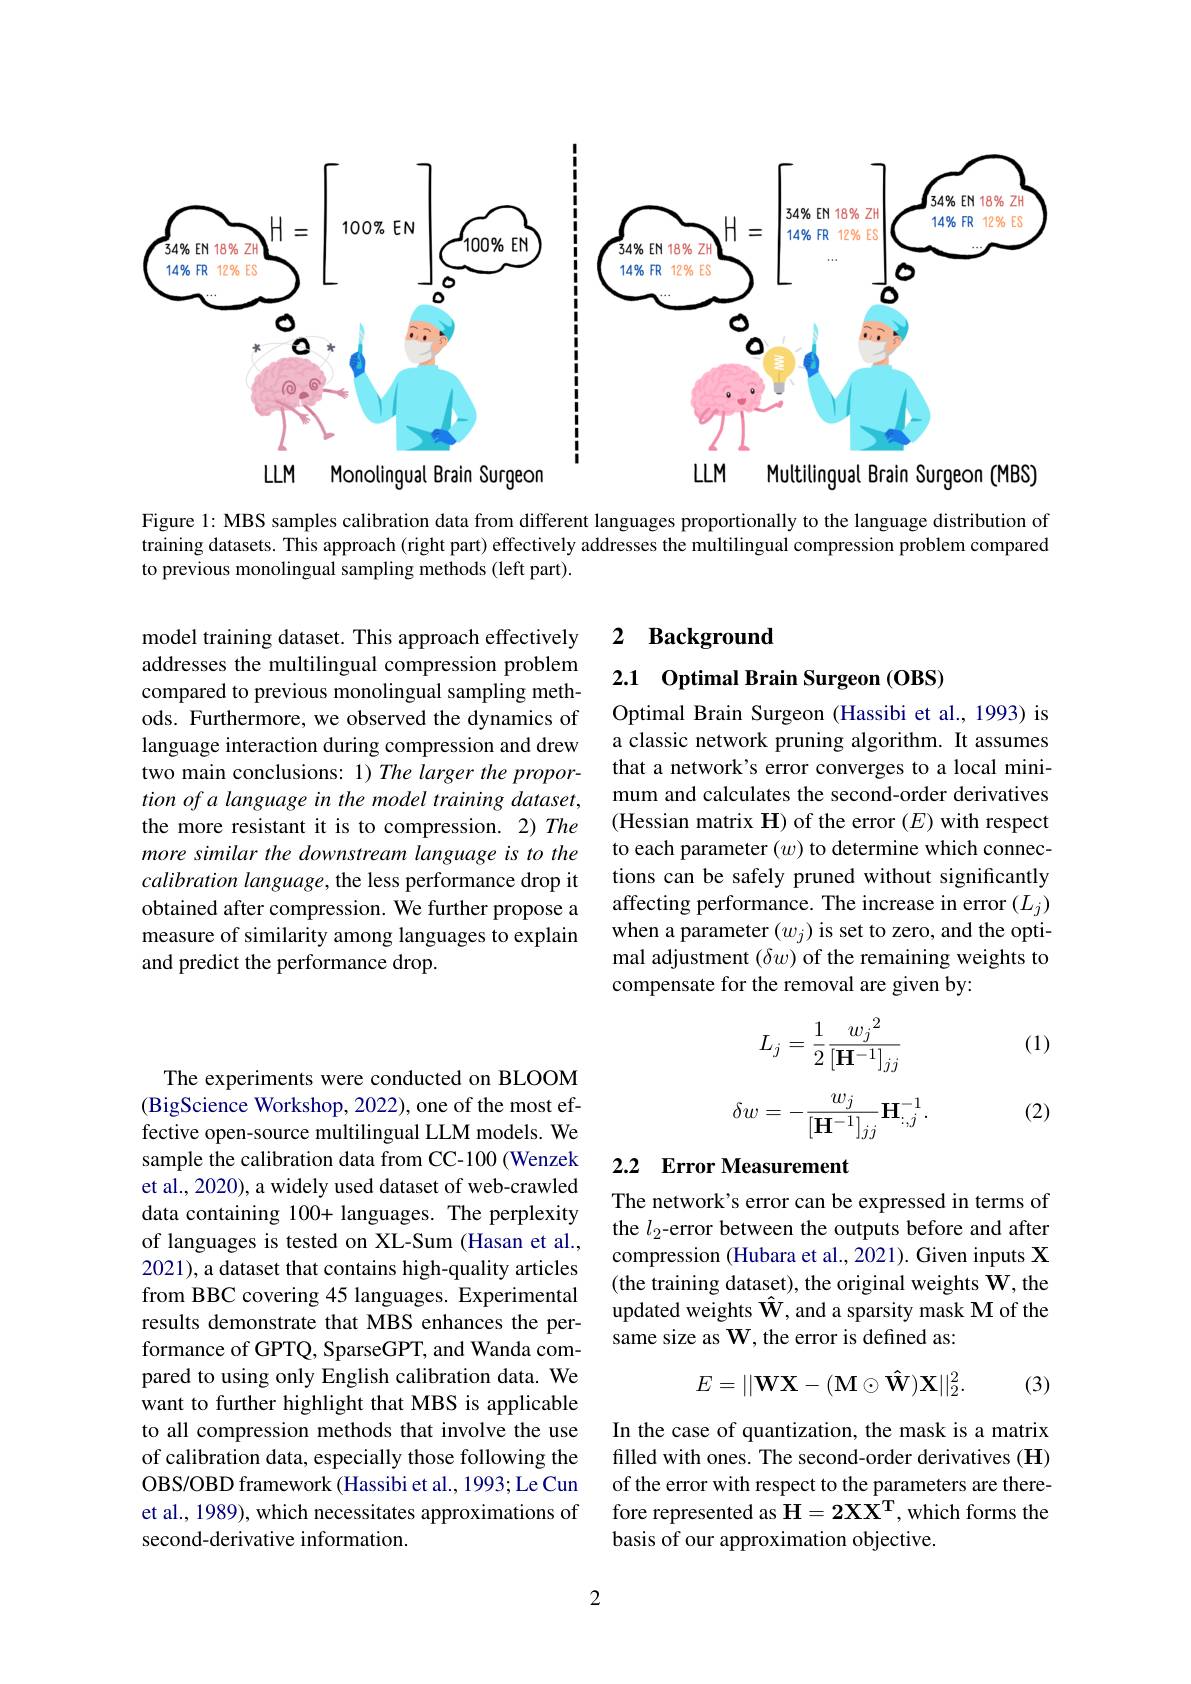
<FigureHere>

Figure 1: MBS samples calibration data from different languages proportionally to the language distribution of training datasets. This approach (right part) effectively addresses the multilingual compression problem compared to previous monolingual sampling methods (left part).

## 2 Background

2.1 Optimal Brain Surgeon (OBS)

model training dataset. This approach effectively addresses the multilingual compression problem compared to previous monolingual sampling methods. Furthermore, we observed the dynamics of language interaction during compression and drew two main conclusions: 1) The larger the proportion of a language in the model training dataset, the more resistant it is to compression. 2) The more similar the downstream language is to the calibration language, the less performance drop it obtained after compression. We further propose a measure of similarity among languages to explain and predict the performance drop.

Optimal Brain Surgeon (Hassibi et al., 1993) is a classic network pruning algorithm. It assumes that a network's error converges to a local minimum and calculates the second-order derivatives (Hessian matrix H) of the error $(E)$ with respect to each parameter $(w)$ to determine which connections can be safely pruned without significantly affecting performance. The increase in error $(L_j)$ when a parameter $(w_j)$ is set to zero, and the optimal adjustment $(\delta w)$ of the remaining weights to compensate for the removal are given by:

(1)
$$L_j=\frac{1}{2}\frac{{w_j}^2}{[\mathbf{H}^{-1}]_{jj}}$$
$$\delta w=-\frac{w_{j}}{[\mathbf{H}^{-1}]_{jj}}\mathbf{H}_{:,j}^{-1}.$$
(2)

# 2.2 Error Measurement

The network's error can be expressed in terms of the $l_2$-error between the outputs before and after compression (Hubara et al., 2021). Given inputs X (the training dataset), the original weights W, the updated weights $\hat{\mathbf{W}}$,and a sparsity mask M of the same size as $\mathbf{W}$,the error is defined as:

The experiments were conducted on BLOOM (BigScience Workshop, 2022), one of the most effective open-source multilingual LLM models. We sample the calibration data from CC-100 (Wenzek et al., 2020), a widely used dataset of web-crawled data containing 100+ languages. The perplexity of languages is tested on XL-Sum (Hasan et al., 2021), a dataset that contains high-quality articles from BBC covering 45 languages. Experimental results demonstrate that MBS enhances the performance of GPTQ, SparseGPT, and Wanda compared to using only English calibration data. We want to further highlight that MBS is applicable to all compression methods that involve the use of calibration data, especially those following the OBS/OBD framework (Hassibi et al., 1993; Le Cun et al., 1989), which necessitates approximations of second-derivative information.
$$E=||\mathbf{W}\mathbf{X}-(\mathbf{M}\odot\mathbf{\hat{W}})\mathbf{X}||_2^2.$$
(3)

In the case of quantization, the mask is a matrix filled with ones. The second-order derivatives (H) of the error with respect to the parameters are therefore represented as $\mathbf{H}=2\mathbf{XX^T}$,which forms the basis of our approximation objective.

2